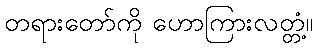
တရားတော်ကို ဟောကြားလတ္တံ့။